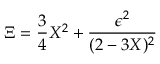
\Xi = { \frac { 3 } { 4 } } X ^ { 2 } + { \frac { \epsilon ^ { 2 } } { ( 2 - 3 X ) ^ { 2 } } }